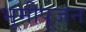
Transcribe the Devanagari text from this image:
भूमीपूजन